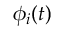
\phi _ { i } ( t )